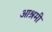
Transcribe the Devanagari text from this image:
आश्रमीं